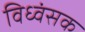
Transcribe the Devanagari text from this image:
विध्‍वंसक